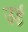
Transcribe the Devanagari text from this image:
उर्ड